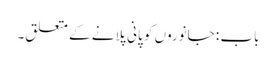
باب : جانوروں کو پانی پلانے کے متعلق۔